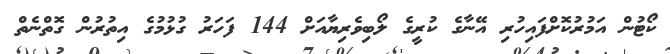
ކޯޓުން އަމުރުކޮށްފައިހުރި އޭނާގެ ކުރީގެ ލޯބިވެރިޔާއަށް 144 ފަހަރު ގުޅުމުގެ އިތުރުން ގޮތްނެތް